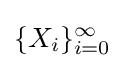
\{X_{i}\}_{i=0}^{\infty }